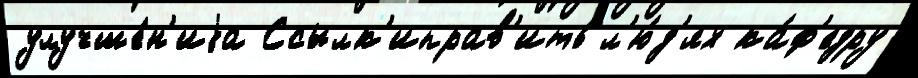
улучше́н'иjа Ссылк'иправ'ить л'ю́д'ях ка́ф'едру